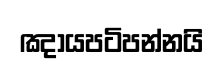
ඤායපටිපන්නයි